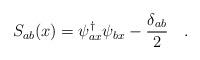
LaTeX: \begin{align*}S_{ab}(x)=\psi_{ax}^{\dagger}\psi_{bx}-\frac{\delta_{ab}}{2}\quad .\end{align*}